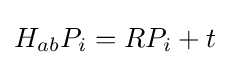
H_{ab}P_{i}=RP_{i}+t